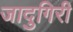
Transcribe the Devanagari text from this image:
जादुगिरी